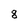
Character: 8